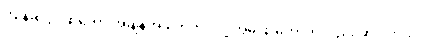
ကျိန်ဆိုပွဲပဲဆိုတော့ အချိန်အခါကိုက်ပဲလို့ အိမ်ဖြူတော်ကလည်း ဆိုပါတယ်။